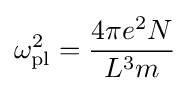
\omega _{\rm {pl}}^{2}={\frac {4\pi e^{2}N}{L^{3}m}}